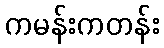
ကမန်းကတန်း